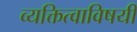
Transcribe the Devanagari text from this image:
व्यक्तित्वाविषयी